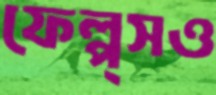
ফেল্প্সও